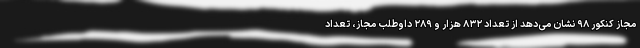
مجاز کنکور ۹۸ نشان می‌دهد از تعداد ۸۳۲ هزار و ۲۸۹ داوطلب مجاز، تعداد